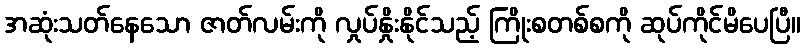
အဆုံးသတ်နေသော ဇာတ်လမ်းကို လှုပ်နှိုးနိုင်သည့် ကြိုးစတစ်စကို ဆုပ်ကိုင်မိပေပြီ။